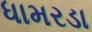
ધામરડા